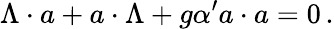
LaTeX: \Lambda\cdot a+a\cdot\Lambda+g{\alpha^{\prime}}a\cdot a=0\, .